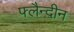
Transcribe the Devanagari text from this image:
फ्लैन्दीन